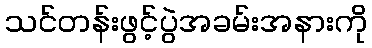
သင်တန်းဖွင့်ပွဲအခမ်းအနားကို